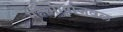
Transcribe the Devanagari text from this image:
महामार्गाजवळ